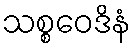
သစ္စဝေဒိနံ